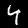
Digit: 4